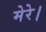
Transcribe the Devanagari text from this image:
मेरे।